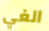
الغي